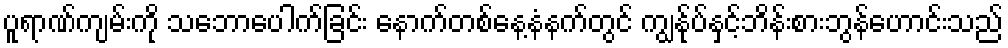
ပူရာဏ်ကျမ်းကို သဘောပေါက်ခြင်း နောက်တစ်နေ့နံနက်တွင် ကျွန်ုပ်နှင့်ဘိန်းစားဘွန်ဟောင်းသည်